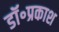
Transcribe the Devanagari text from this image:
डॉ॰प्रकाश